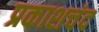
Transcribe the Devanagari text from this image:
प्रकाशचंद